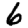
Digit: 6